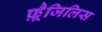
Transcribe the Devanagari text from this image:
फ़्रैजिलिस